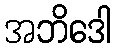
အဘိဒေါ